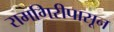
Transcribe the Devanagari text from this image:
रामगिरीपासून